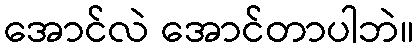
အောင်လဲ အောင်တာပါဘဲ။